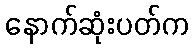
နောက်ဆုံးပတ်က